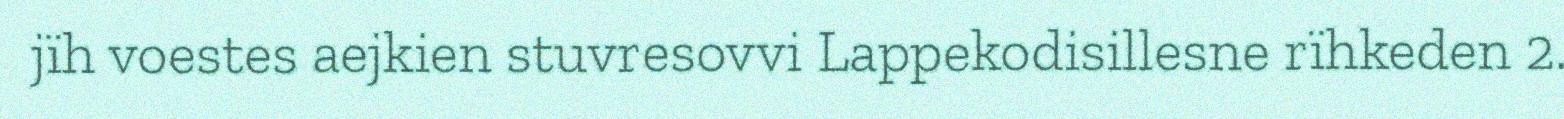
jïh voestes aejkien stuvresovvi Lappekodisillesne rïhkeden 2.